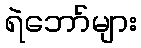
ရဲဘော်များ